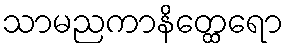
သာမညကာနိတ္ထေရော